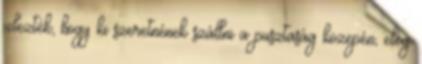
jelezték, hogy ki szeretnének szállni a pusztaság közepén, elég